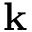
\mathbf { k }